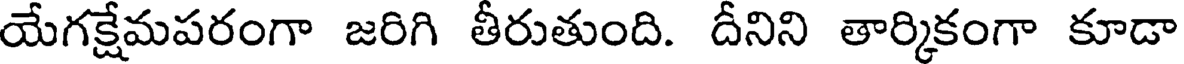
యేగక్షేమపరంగా జరిగి తీరుతుంది. దీనిని తార్కికంగా కూడా